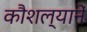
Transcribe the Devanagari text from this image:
कौशल्यानें